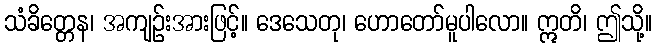
သံခိတ္တေန၊ အကျဉ်းအားဖြင့်။ ဒေသေတု၊ ဟောတော်မူပါလော။ ဣတိ၊ ဤသို့။